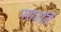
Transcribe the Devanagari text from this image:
परातर्ति